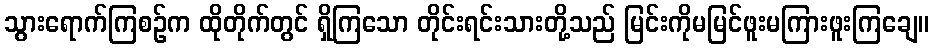
သွားရောက်ကြစဉ်က ထိုတိုက်တွင် ရှိကြသော တိုင်းရင်းသားတို့သည် မြင်းကိုမမြင်ဖူးမကြားဖူးကြချေ။